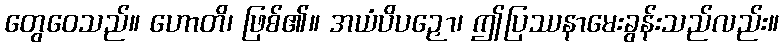
တွေဝေသည်။ ဟောတိ၊ ဖြစ်၏။ အယံပိပဉှော၊ ဤပြဿနာမေးခွန်းသည်လည်း။